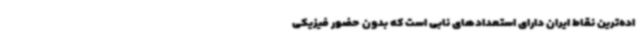
اده‌ترین نقاط ایران دارای استعدادهای نابی است که بدون حضور فیزیکی